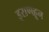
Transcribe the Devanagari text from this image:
इराणहून